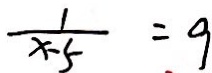
\frac { 1 } { x - 5 } = 9